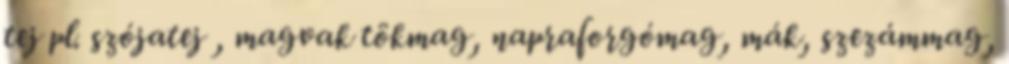
tej pl. szójatej , magvak tökmag, napraforgómag, mák, szezámmag,